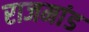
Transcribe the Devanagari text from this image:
राजमांड